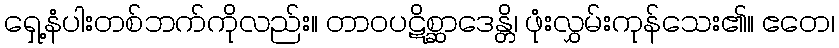
ရှေ့နံပါးတစ်ဘက်ကိုလည်း။ တာဝပဋိစ္ဆာဒေန္တိ၊ ဖုံးလွှမ်းကုန်သေး၏။ ဧတေ၊